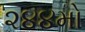
૨૪૪મો